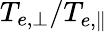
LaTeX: T_{e,\perp}/T_{e,\parallel}